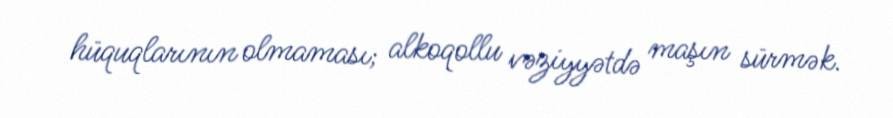
hüquqlarının olmaması; alkoqollu vəziyyətdə maşın sürmək.